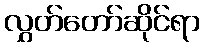
လွှတ်တော်ဆိုင်ရာ